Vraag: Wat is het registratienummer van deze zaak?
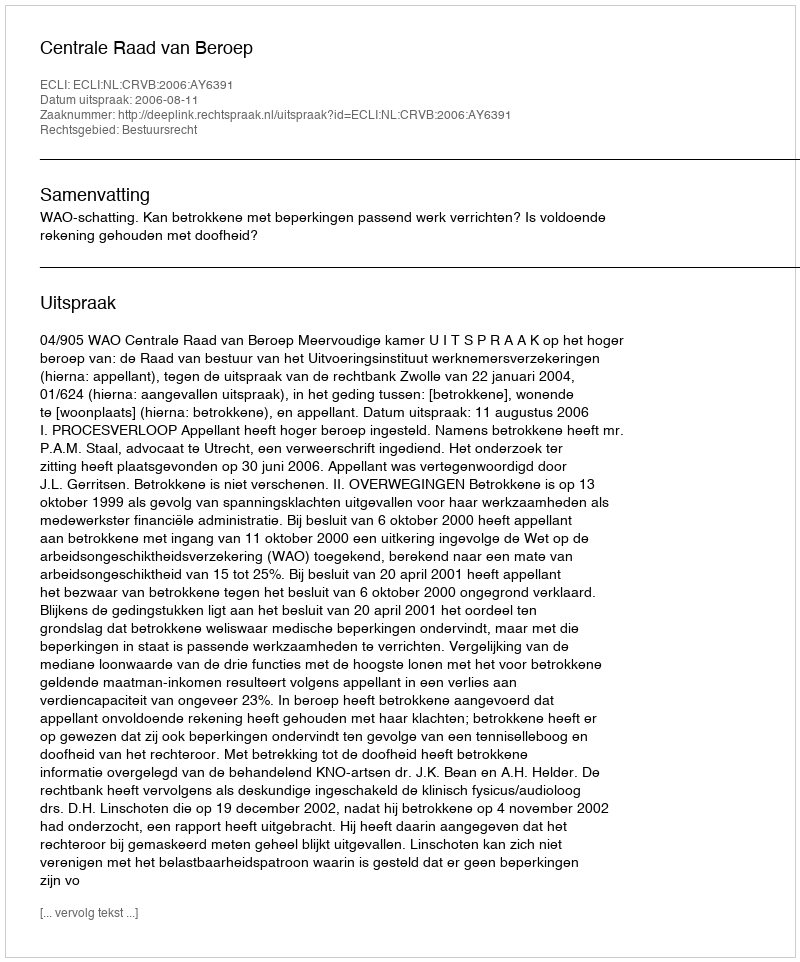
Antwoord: http://deeplink.rechtspraak.nl/uitspraak?id=ECLI:NL:CRVB:2006:AY6391